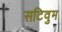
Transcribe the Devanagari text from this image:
सटिवुम